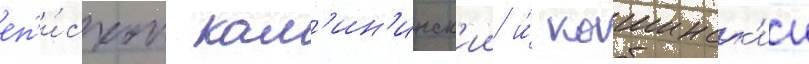
еп'и́скоп кал'ин'инск'ии и́ кашинск'ии